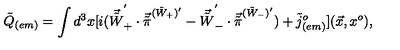
{ \tilde { Q } } _ { ( e m ) } = \int d ^ { 3 } x [ i ( { \vec { \tilde { W } } } _ { + } ^ { ' } \cdot { \vec { \tilde { \pi } } } ^ { ( { \tilde { W } } _ { + } ) { ' } } - { \vec { \tilde { W } } } _ { - } ^ { ' } \cdot { \vec { \tilde { \pi } } } ^ { ( { \tilde { W } } _ { - } ) { ' } } ) + { \tilde { j } } _ { ( e m ) } ^ { o } ] ( \vec { x } , x ^ { o } ) ,